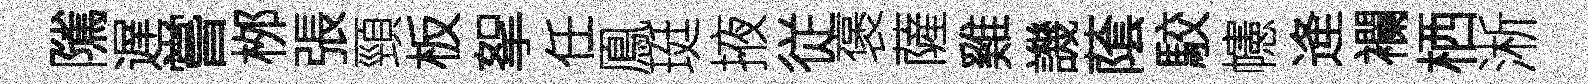
隲遅嘗桞張頸板挐任鳯珽掖従褒薩雞譏䕃駮幰逄襴栖淅